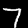
Label: 7